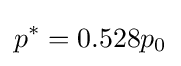
p^{*}=0.528p_{0}